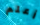
أعلم